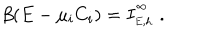
LaTeX: \beta ( E - \mu _ { i } C _ { i } ) = I _ { \phantom { } _ { E , h } } ^ { \phantom { } ^ { \infty } } \ .